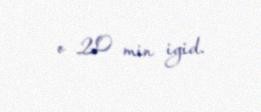
o 20 min igid.